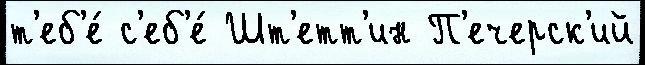
т'еб'е́ с'еб'е́ Шт'етт'ин П'ечерск'ий